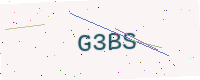
Text: G3BS